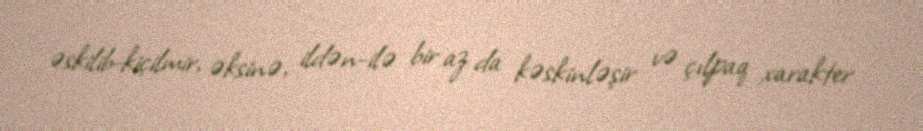
əskilib-kiçilmir, əksinə, ildən-ilə bir az da kəskinləşir və çılpaq xarakter